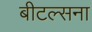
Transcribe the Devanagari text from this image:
बीटल्सना